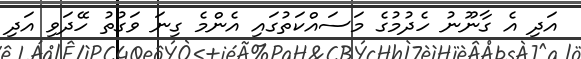
އަދި އެ ގާނޫނު ހެދުމުގެ މަސައްކަތުގައި އެންމެ ގިނަ ވަގުތު ހޭދަވި އަދި